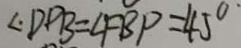
\angle D P B = \angle F B P = 4 5 ^ { \circ }